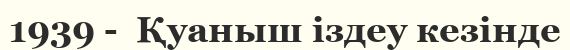
1939 -  Қуаныш іздеу кезінде